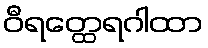
ဝီရတ္ထေရဂါထာ